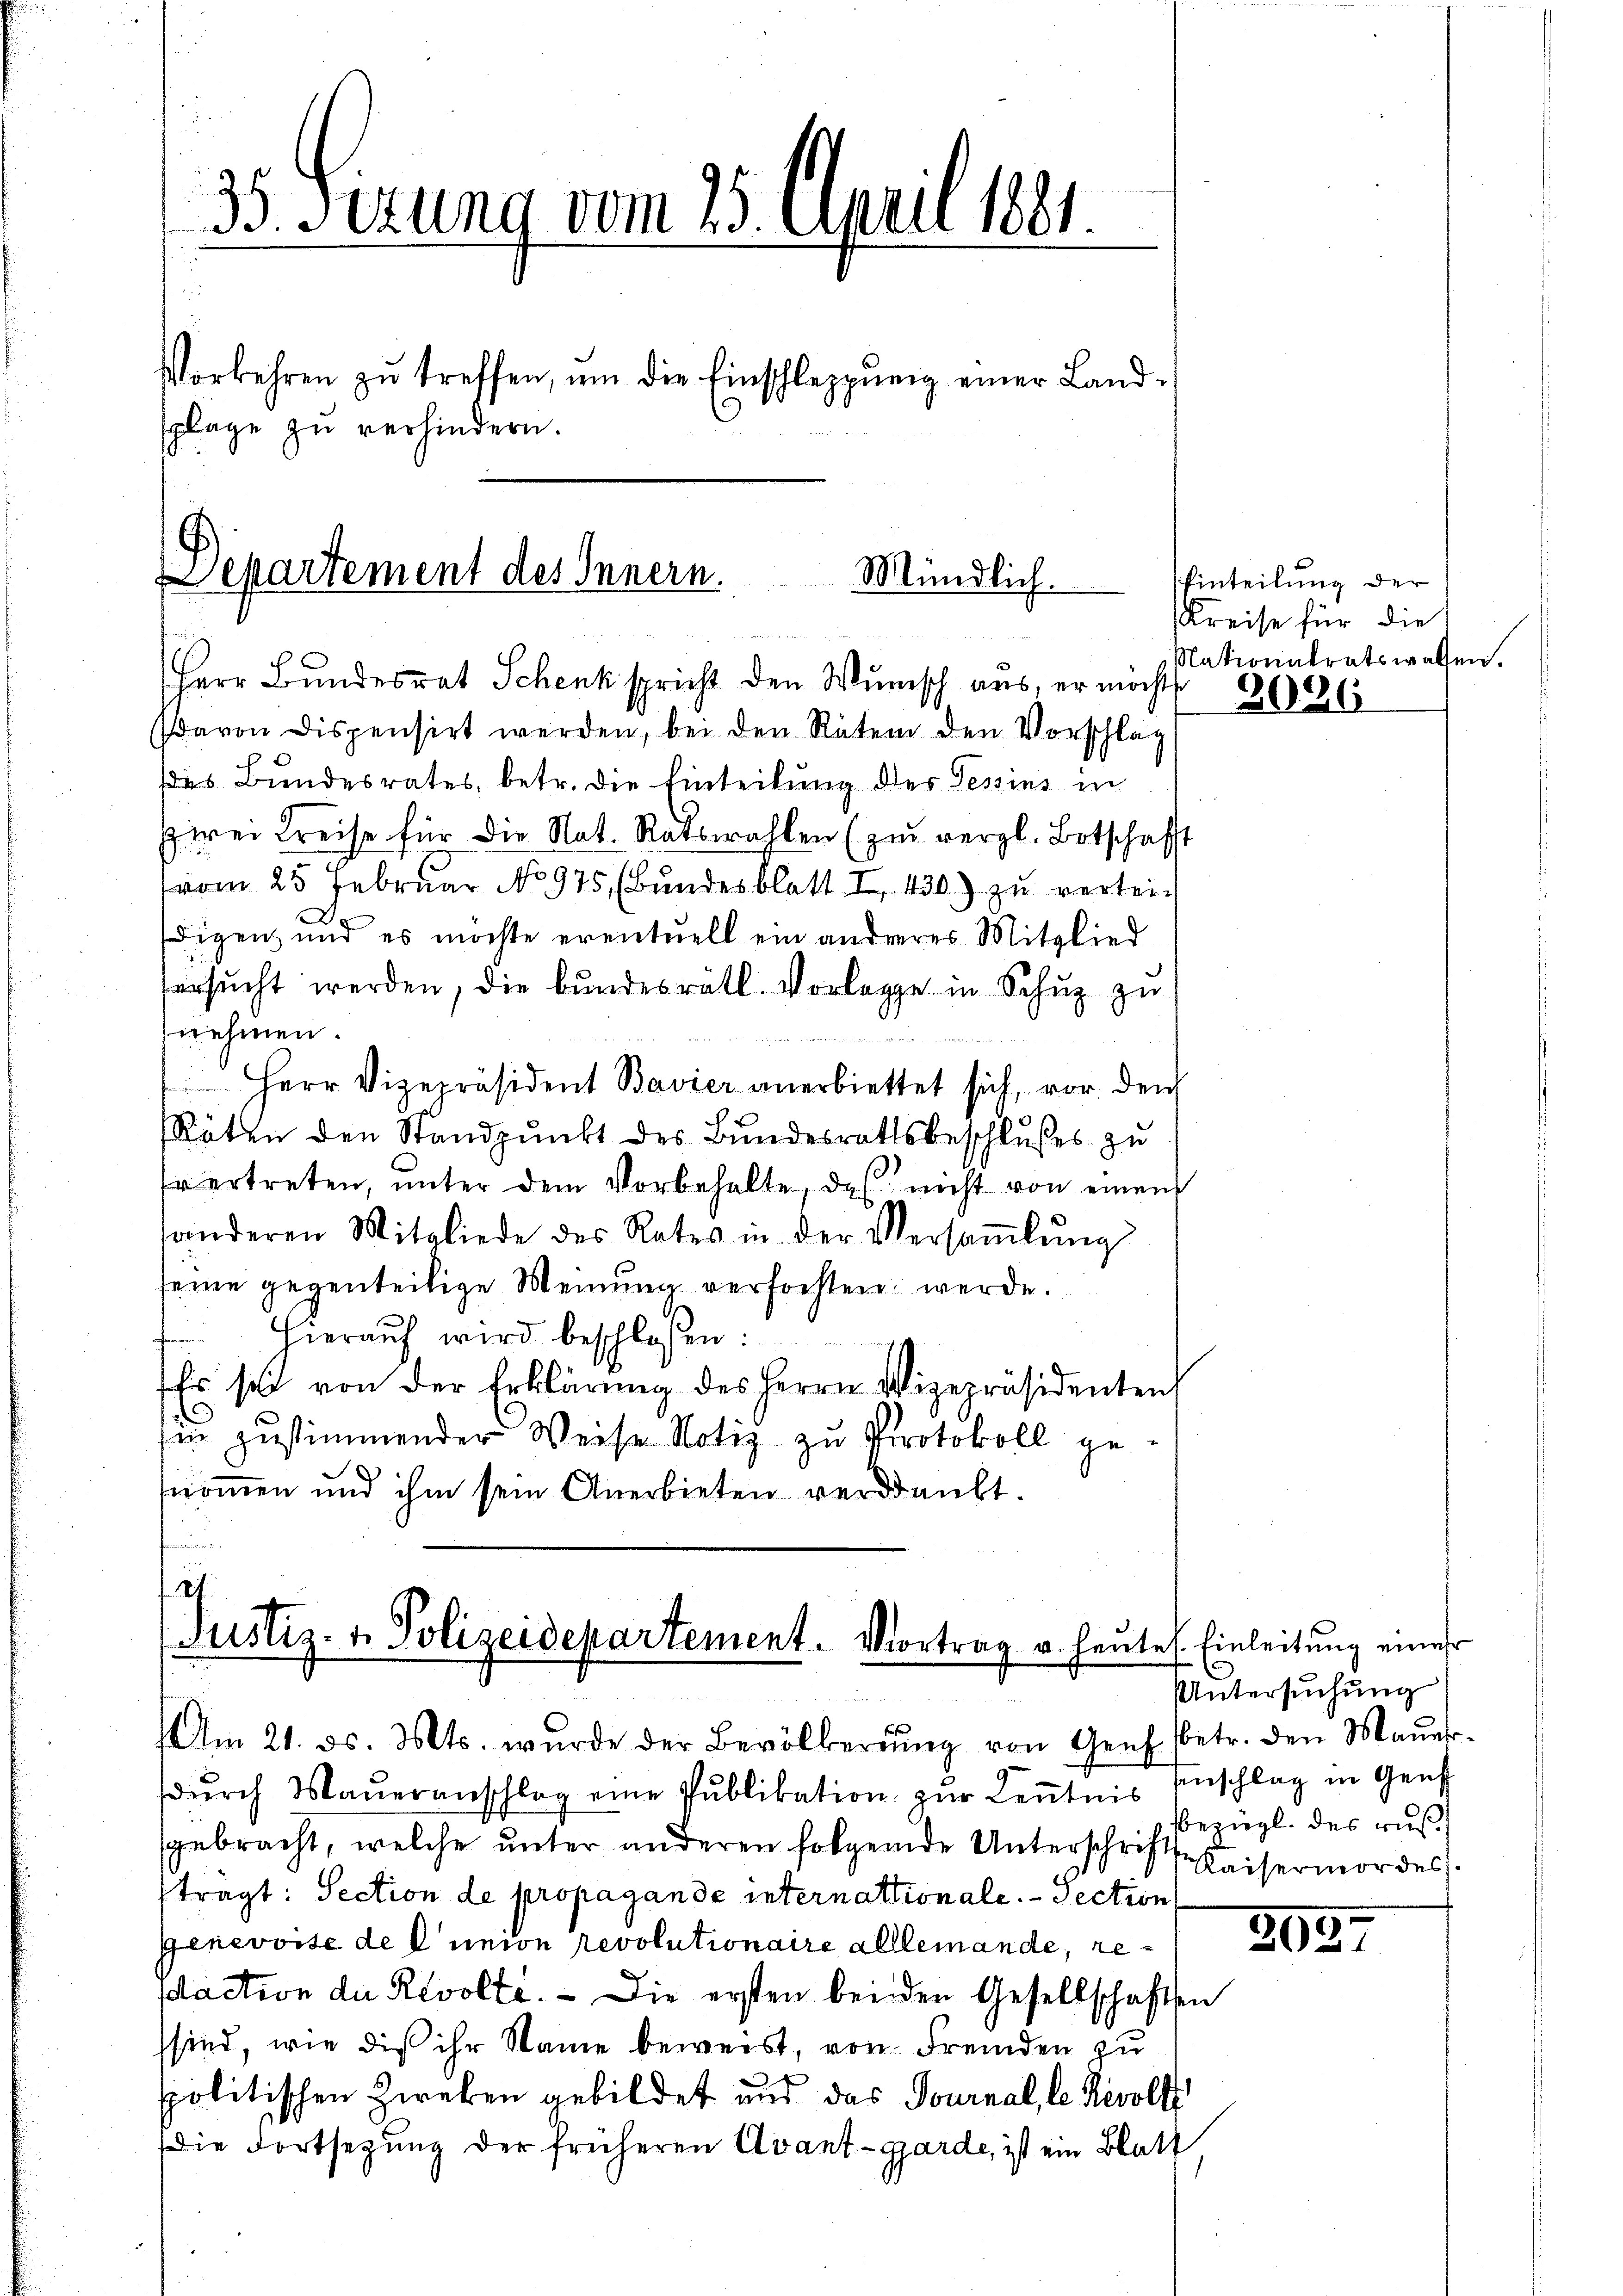
35. Sizung vom 25. April 1891.
.
Vorkehren zŭ treffen, um die Einschleppung einer Landsplage zu verhindern.

Departement des Innern.
Mündlich.
Herr Bundesrat Schenk spricht den Wunsch aus, er möcht

davon dispensirt werden, bei den Rätem den Vorschlag
Das Bundesrates, betr. die Einteilung des Tessins in
zwei Kreise für die Nat. Ratswahlen (zu vergl. Botschafft
(vom 25. Februar No 975, (Bundesblatt I. 430.) zu vertei-
digen und es möchte eventuell ein andereres Mitglied
ersŭcht werden, die bundesrätl. Vorlage in Schŭz zu
nehmen.
Herr Vizepräsident Bavier anerbiettet sich, vor den
Räten den Standpunkt des Bundesrathsbeschlußes zu
rertreten, ŭnter dem Vorbehalte, des nicht von einem
sonderen Mitgliede des Rates in der Versaṁlŭng
seine gegenteilige Meinung verfochten werde.
Hierauf wird beschloßen:
Es soll von der Erklärung des Herrn Vizepräsidenten
sin zustimmender Weise Notiz zu Protokoll ge¬
.
nommen und ihm sein Anerbieten verdankt.

sbe
Am 21. ds. Mts. wurde der Bevölkerŭng von Genf betr. den Maŭer-
dŭrch Maŭeranschlag eine Pŭblikation zŭr Keṅtnis anschlag in Genf
gebracht, welche unter anderen folgende Unterschrift Kaisermordes
tragt: Section de propagande internationale.  Pection
Genevoise de l’union revolutionaire allemande, resdaction der Revolte. - Die ersten bei den Gesellschaften
sind, wie dies ihr Name beweist, von Fremden zu
spolitischen Zweken gebildet und das Tournal, le Revolt
Die Fortsezung der früheren Avant-Garde, ist ein Blatt

21.
Justiz- & Polizeidepartement. Vortrag u. heute. Einleitung eines

Einteilung der
Kreise für die
Nationalratswassen.

2026

Untersuchung
bezügl. des rus¬

2027